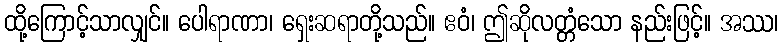
ထို့ကြောင့်သာလျှင်။ ပေါရာဏာ၊ ရှေးဆရာတို့သည်။ ဧဝံ၊ ဤဆိုလတ္တံသော နည်းဖြင့်။ အဿ၊